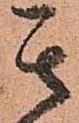
其